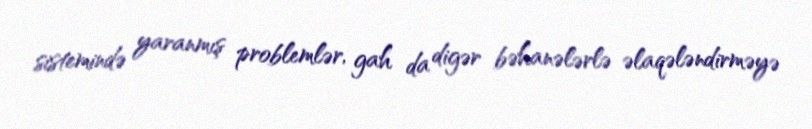
sistemində yaranmış problemlər, gah da digər bəhanələrlə əlaqələndirməyə